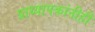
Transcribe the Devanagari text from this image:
प्राध्यापकांनीही